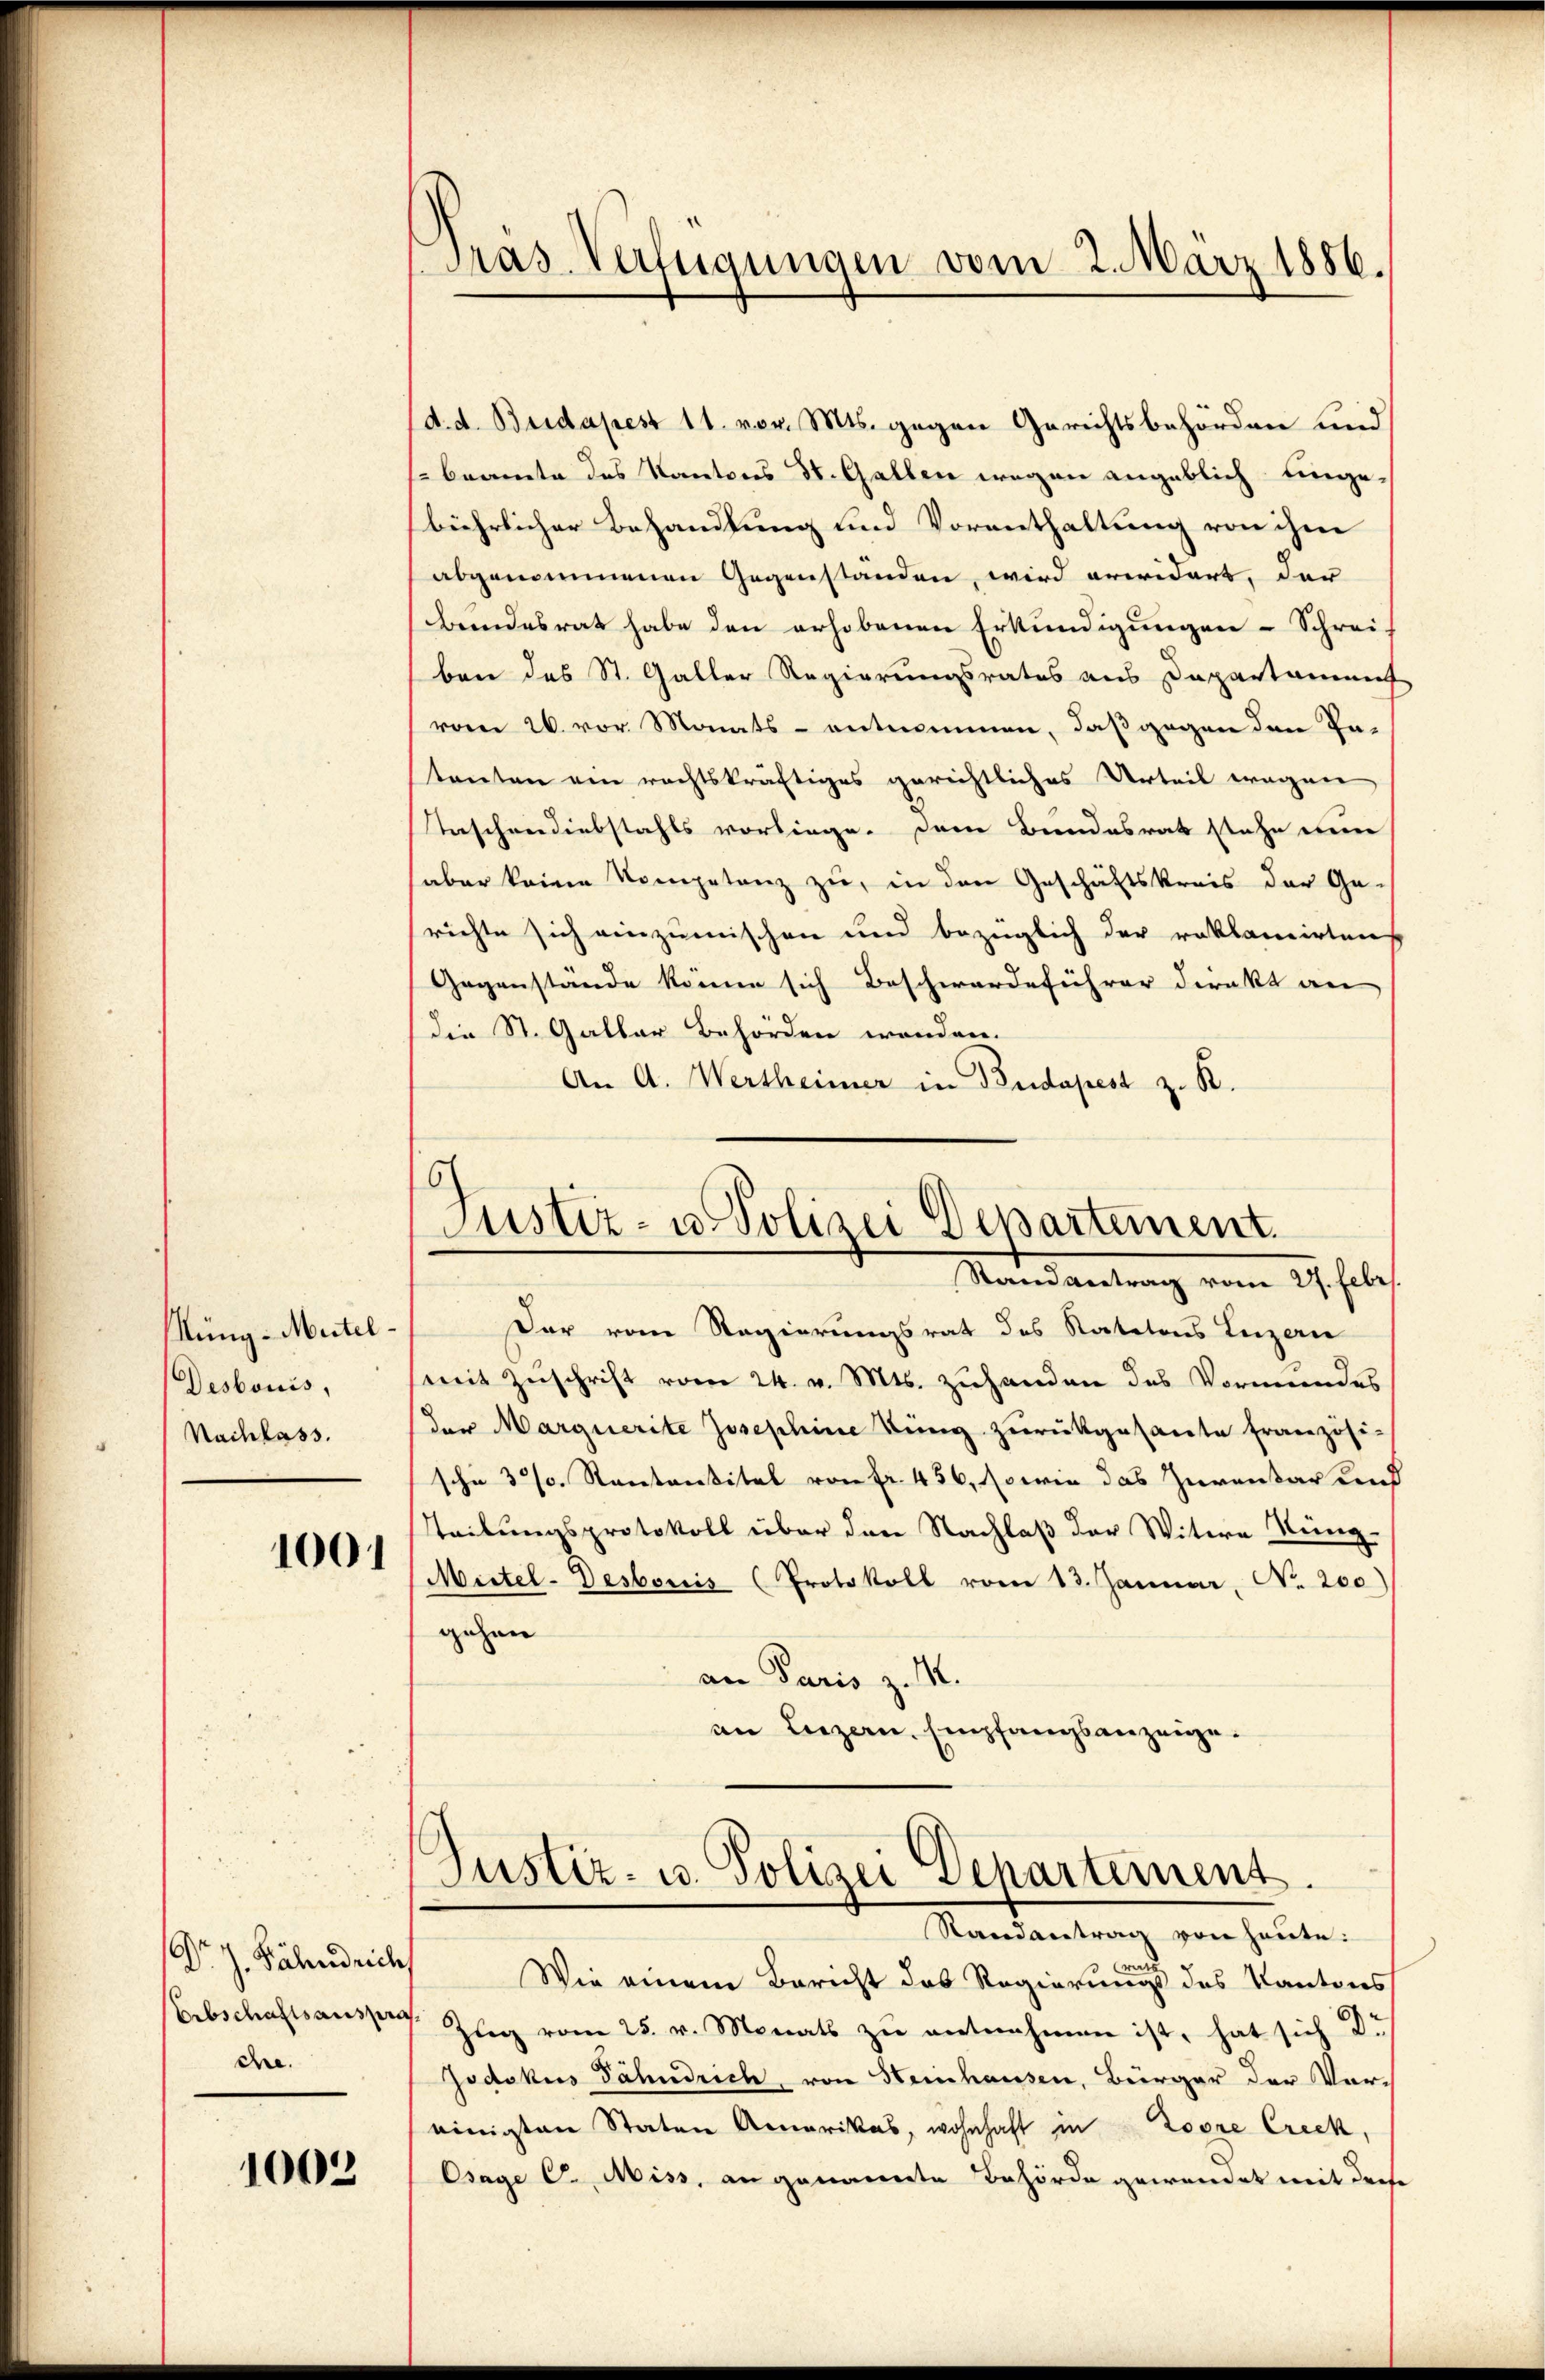
üng-Muitel.
Desbonis,
Nachlass.

1001

Dr. J. Bähndrichs
Erbschaftsanspra
che.

1003

Präs. Verfügungen vom 2. März 1886.

(d. d. Budapest 11. vor. Mts. gegen Gerichtsbehörden und
beamte des Kantons St. Gallen wegen angeblich einge,
bährlicher Behandlung und Vorenthaltung von ihm
abgenommenen Gegenständen, wird erwidert, der
beendesrat habe den erhobenen Erkundigungen - Schrei-
ben des St. Galler Regierungsrates aus Departament
vom 26. vor Monats- entnommen, daß gegen den Pa-
tanten ein rechtskräftiges gerichtliches Urteil eregnen,
Taschendiebstahls vorliege. Dem Bundesrat stehe nun
aber keine Kompetenz zu, in den Geschäftskreis der Ge-
richte sich einzumischen und bezüglich der reklamirten
Gegenstände könne sich Beschwerdeführer direkt an
die St. Galler Behörden wenden.
An A. Wertheimer in Budapest z. R.

o
Justiz- u. Polizei Departement.
Stand vertrag vom 27. Febr.

Der vom Regierungsrat des Statutons Luzern
mit Zuschrift vom 24. v. Mts. zuhanden das Vormundes
(der Marquerite Josephine Bung zurückgesante Französi-
sche 3. Rectorsital von Fr. 456, sowie das Zurentar und
Steilungsprotokoll über den Nachlaß der Witwe Küng.
Mittel-Destoris (Protokoll vom 13. Januar, No. 200)
gehen
an Paris z. M.
an Liezern. Empfangsanzeige.

Justiz- u. Polizei Departement
Randantrag von heute:

it
Wie einem Bericht das Regierungs des Kantons
 Zŭg vom 25. v. Monats zŭ entnahmen ist, hat sich Dr
Jodokus Jähndrich, von Heinhausen, Bürger der Voreinigten Staten Amerikas, wohnhaft in Loore Creck,
Osage C. Miss, an genannte Behörde gewendet mit diese